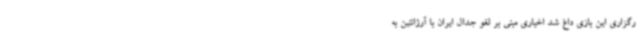
رگزاری این بازی داغ شد اخباری مبنی بر لغو جدال ایران با آرژانتین به